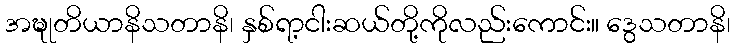
အဍ္ဎုတိယာနိသတာနိ၊ နှစ်ရာ့ငါးဆယ်တို့ကိုလည်းကောင်း။ ဒွေသတာနိ၊